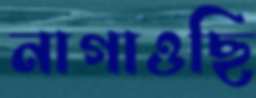
নাগাওছি